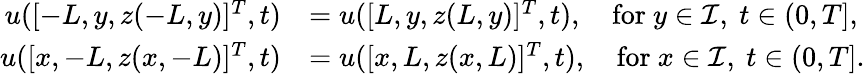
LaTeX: \begin{array}{rl}{u([-L,y,z(-L,y)]^{T},t)}&{=u([L,y,z(L,y)]^{T},t),\quad\mathrm{for~}y\in\mathcal{I},\ t\in(0,T],}\\ {u([x,-L,z(x,-L)]^{T},t)}&{=u([x,L,z(x,L)]^{T},t),\quad\mathrm{for~}x\in\mathcal{I},\ t\in(0,T].}\end{array}